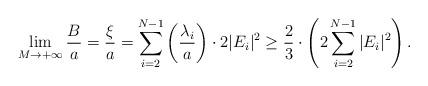
LaTeX: \begin{align*}\lim\limits_{M\rightarrow + \infty} \frac{B}{a}=\frac{\xi}{a}=\sum\limits_{i=2}^{N-1}\left (\frac{\lambda_i}{a} \right ) \cdot 2|E_i|^2 \geq \frac{2}{3}\cdot \left ( 2\sum\limits_{i=2}^{N-1}|E_i|^2 \right ).\end{align*}